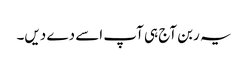
یہ ربن آج ہی آپ اسے دے دیں۔